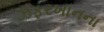
ઝફરખાનના